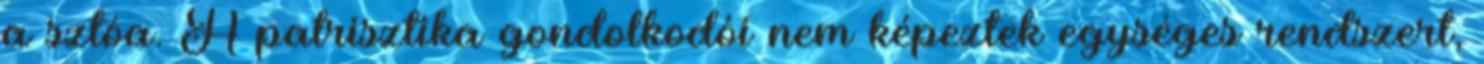
a sztóa. A patrisztika gondolkodói nem képeztek egységes rendszert,